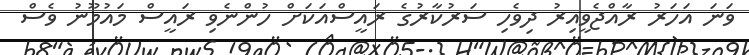
ވަނަ އަހަރު ރާއްޖެވީއިރު ދިވެހި ސަރުކާރުގެ ރައީސްއަކަށް ހުންނެވި ރައީސް މައުމޫނު ވެސް